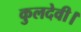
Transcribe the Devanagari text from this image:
कुलदेवी।